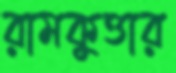
রামকুত্তার